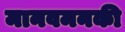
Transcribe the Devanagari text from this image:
मानवमनकी